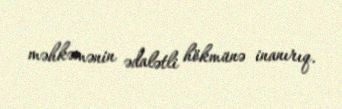
məhkəmənin ədalətli hökmünə inanırıq.